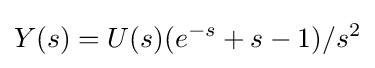
Y(s)=U(s)(e^{-s}+s-1)/s^{2}